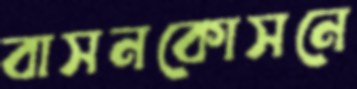
বাসনকোসনে